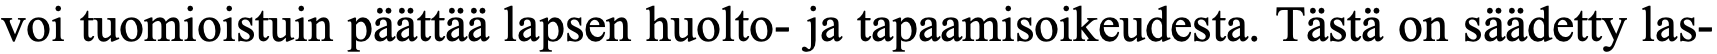
voi tuomioistuin päättää lapsen huolto- ja tapaamisoikeudesta. Tästä on säädetty las-